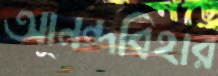
আনন্দবিহার